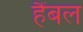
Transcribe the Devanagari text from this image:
हैंबल